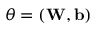
\boldsymbol { \theta } = \left( \mathbf W , \mathbf b \right)